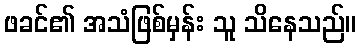
ဖခင်၏ အသံဖြစ်မှန်း သူ သိနေသည်။